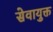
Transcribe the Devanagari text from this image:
सेवायुक्त